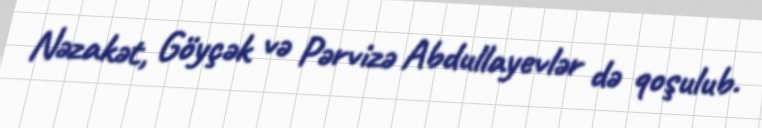
Nəzakət, Göyçək və Pərvizə Abdullayevlər də qoşulub.